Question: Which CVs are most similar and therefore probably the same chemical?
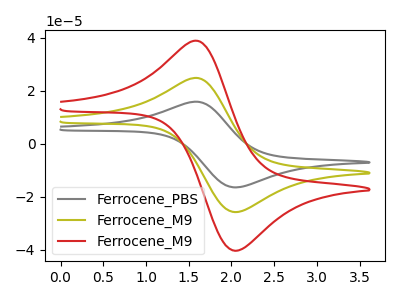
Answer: <think>The gray curve "Ferrocene_PBS" has an anodic peak at (1.60V, 49.65uA) and a cathodic peak at (2.05V, -51.65uA). The olive curve "Ferrocene_M9" has an anodic peak at (1.60V, 24.80uA) and a cathodic peak at (2.05V, -25.80uA). The red curve "Ferrocene_M9" has an anodic peak at (1.60V, 38.85uA) and a cathodic peak at (2.05V, -40.45uA).
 All the peaks in "Ferrocene_PBS" have a peak in "Ferrocene_M9" at the same potential. Every peak in "Ferrocene_PBS" is higher than every peak in "Ferrocene_M9". All the peaks in "Ferrocene_PBS" have a peak in "Ferrocene_M9" at the same potential. Every peak in "Ferrocene_PBS" is higher than every peak in "Ferrocene_M9". All the peaks in "Ferrocene_M9" have a peak in "Ferrocene_M9" at the same potential. Every peak in "Ferrocene_M9" is lower than every peak in "Ferrocene_M9".</think>
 <answer>"Ferrocene_M9", "Ferrocene_PBS" and "Ferrocene_M9" have the same shape and are likely CV's of the same chemical.</answer>
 <eval>"Ferrocene_M9" "Ferrocene_PBS" "Ferrocene_M9"</eval>